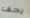
يجف